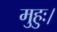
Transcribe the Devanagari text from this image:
मुहुः।